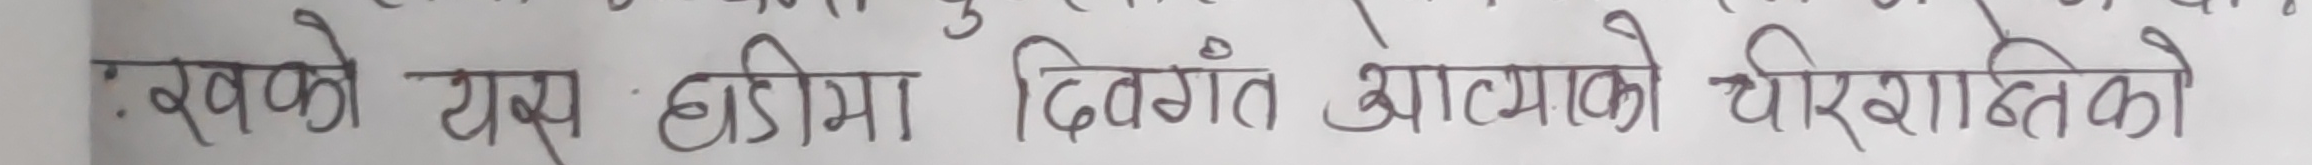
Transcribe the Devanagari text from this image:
रखको यस हाँडीमा दिवंगत आत्माको चिरशान्तिको